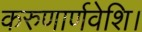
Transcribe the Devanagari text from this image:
करुणार्णवेशि।